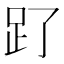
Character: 𧾿